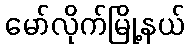
မော်လိုက်မြို့နယ်